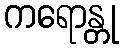
ကရောန္တု